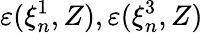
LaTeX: \varepsilon(\xi_{n}^{1},Z),\varepsilon(\xi_{n}^{3},Z)